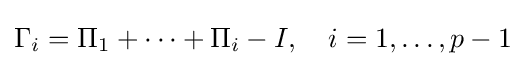
\Gamma _{i}=\Pi _{1}+\cdots +\Pi _{i}-I,\quad i=1,\dots ,p-1